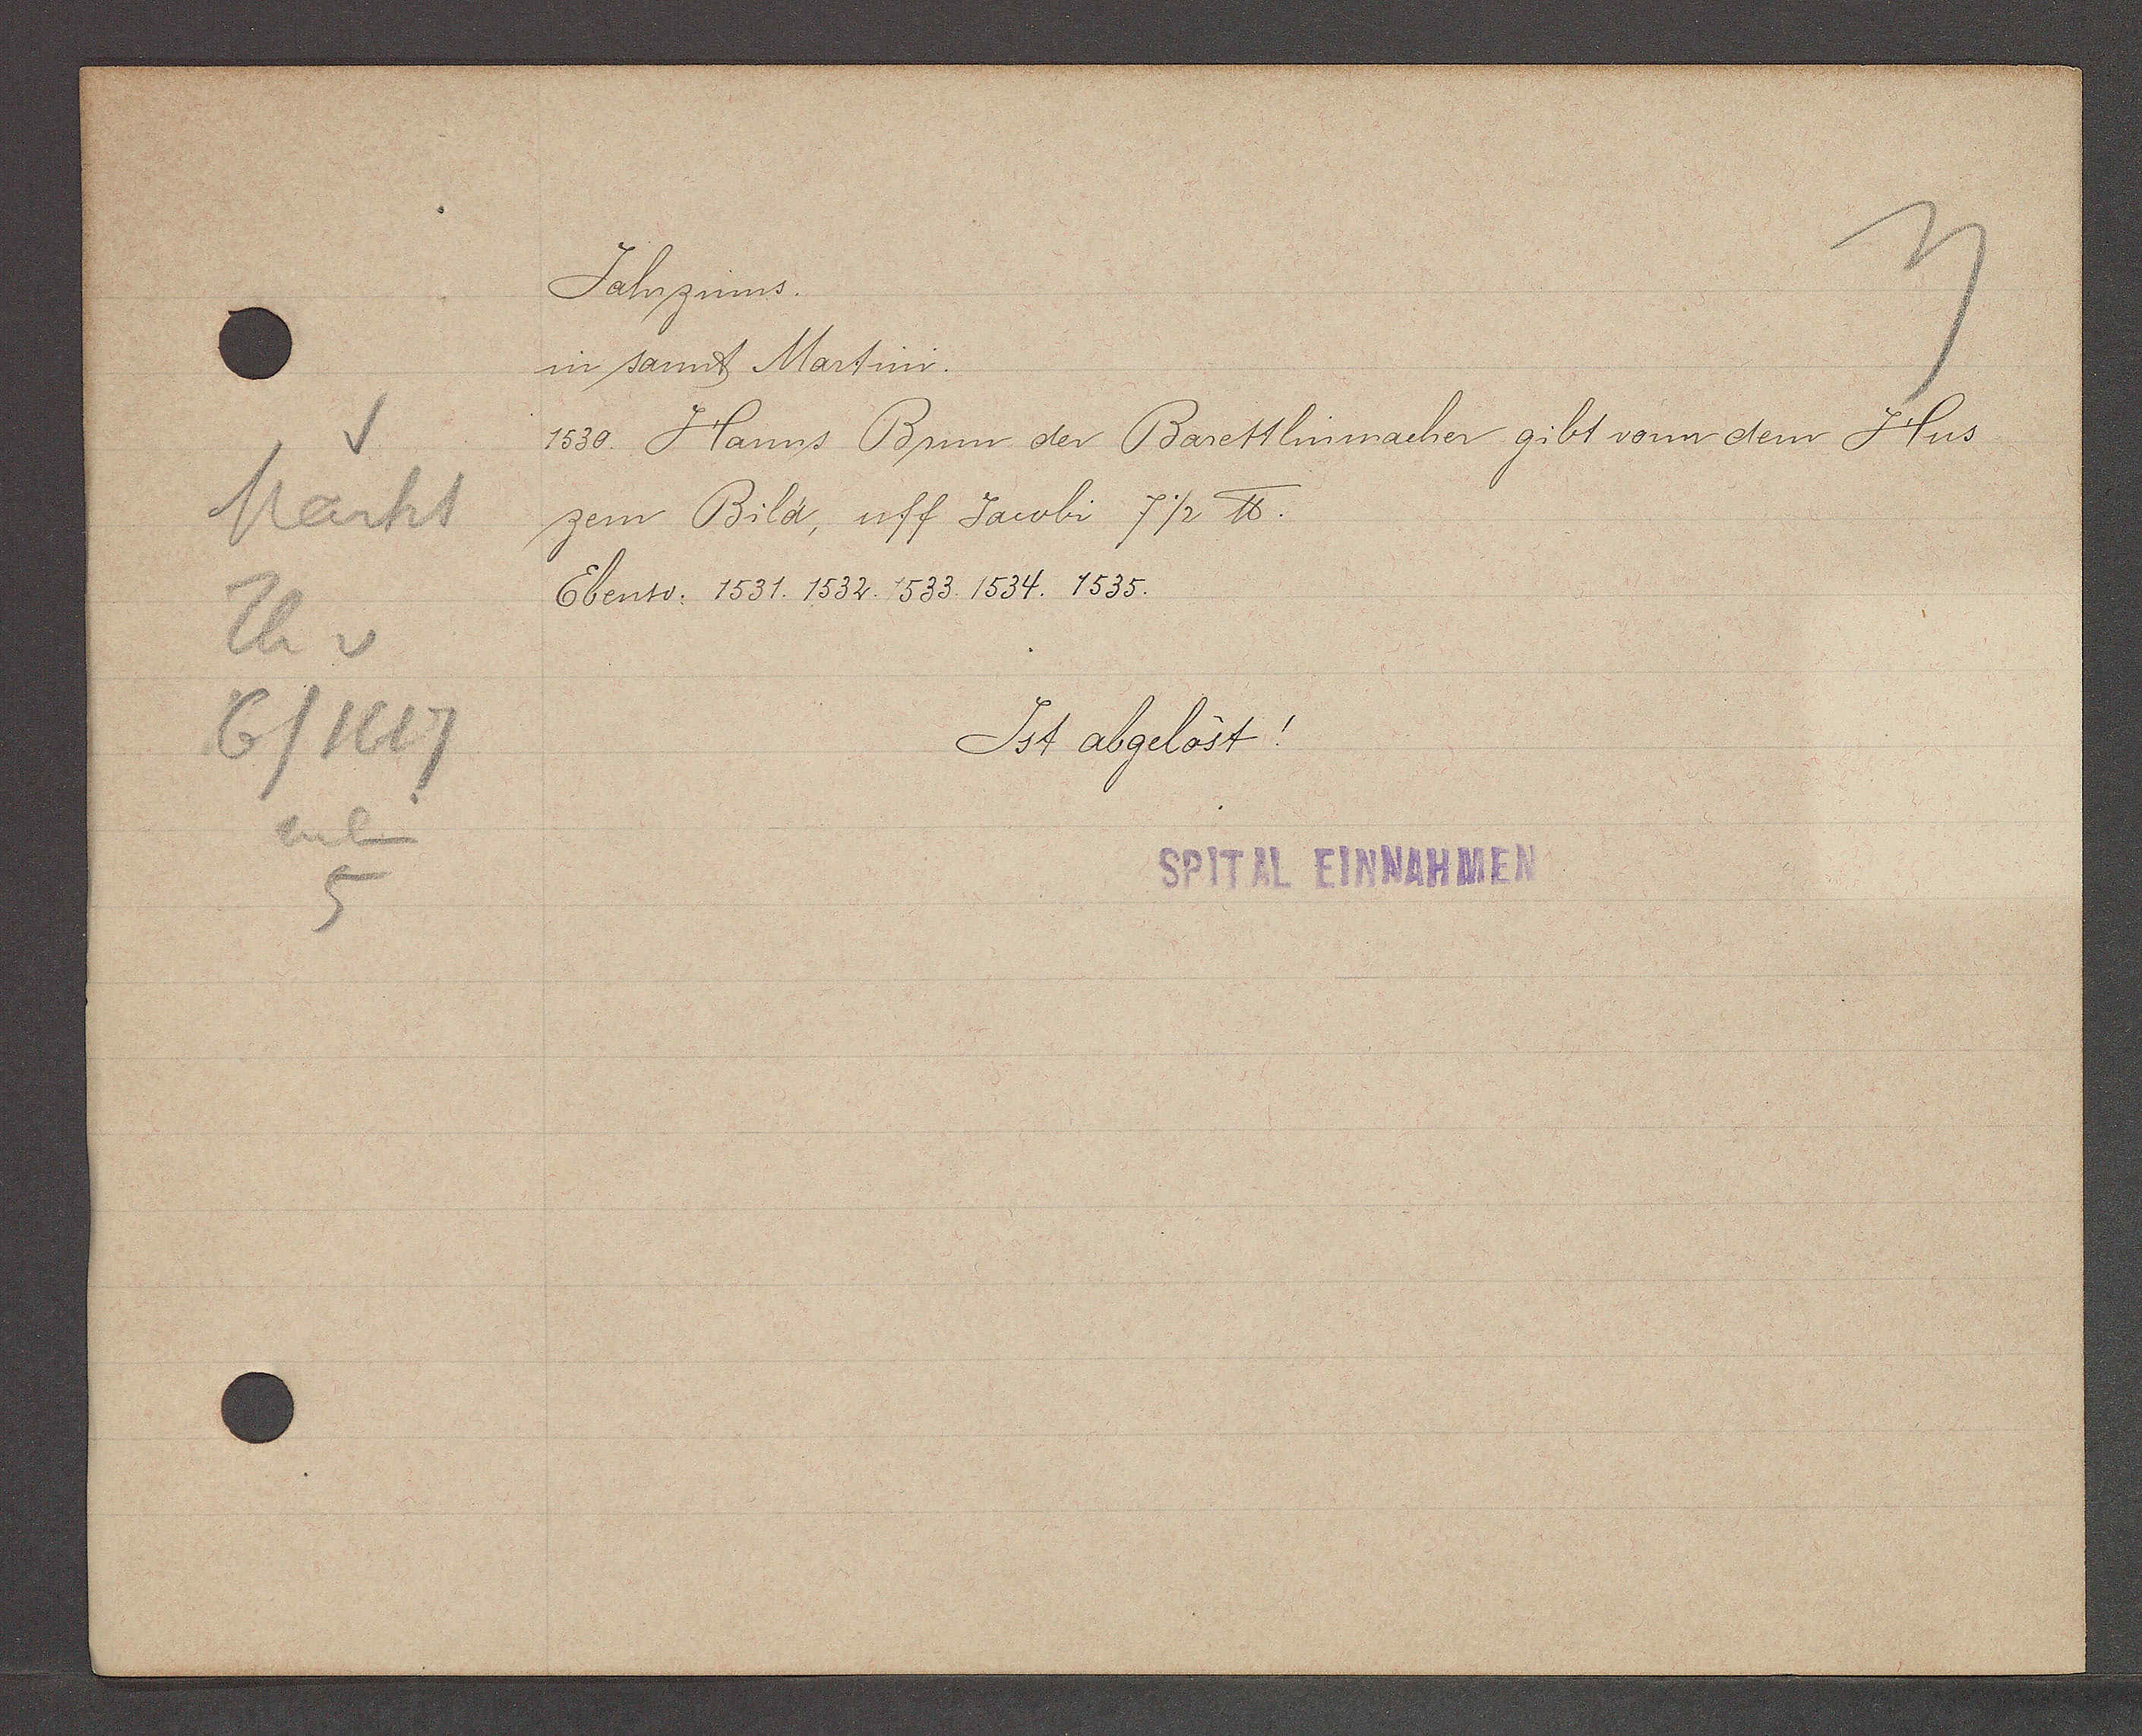
Transcript:
Markt
Th v
6/1617
neben
5

Jahrzinns.

in sant Martini.
1530. Hanns Brum der Barettlinmacher gibt vonn dem Hus
zem Bild, uff Jacobi 7½ ℔.
Ebenso: 1531. 1532. 1533. 1534. 1535.
Ist abgelöst!

SPITAL EINNAHMEN